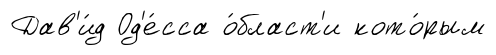
Дав'и́д Од'е́сса о́бласт'и кото́рым